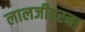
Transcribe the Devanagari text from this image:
लालजीबरना